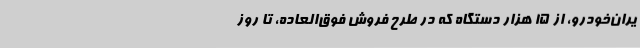
یران‌خودرو، از 15 هزار دستگاه که در طرح فروش‌ فوق‌العاده، تا روز